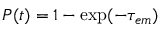
P ( t ) = 1 - \exp ( - \tau _ { e m } )